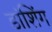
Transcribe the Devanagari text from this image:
डांशिंग